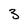
Character: 3